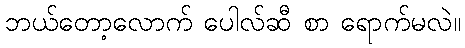
ဘယ်တော့လောက် ပေါလ်ဆီ စာ ရောက်မလဲ။